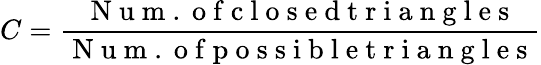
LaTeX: C=\frac{\mathrm{~N~u~m~.~o~f~c~l~o~s~e~d~t~r~i~a~n~g~l~e~s~}}{\mathrm{~N~u~m~.~o~f~p~o~s~s~i~b~l~e~t~r~i~a~n~g~l~e~s~}}